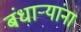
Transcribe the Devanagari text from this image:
बंधार्‍यांना